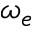
\omega _ { e }